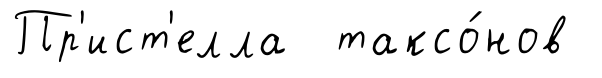
Пр'ист'елла таксо́нов